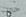
حوت